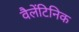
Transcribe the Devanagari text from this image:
वैलेंटिनिक